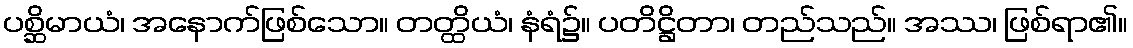
ပစ္ဆိမာယံ၊ အနောက်ဖြစ်သော။ တတ္ထိယံ၊ နံရံ၌။ ပတိဋ္ဌိတာ၊ တည်သည်။ အဿ၊ ဖြစ်ရာ၏။